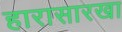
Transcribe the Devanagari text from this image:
हारासारखा